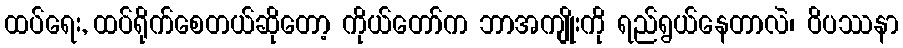
ထပ်ရေး, ထပ်ရိုက်စေတယ်ဆိုတော့ ကိုယ်တော်က ဘာအကျိုးကို ရည်ရွယ်နေတာလဲ၊ ဝိပဿနာ